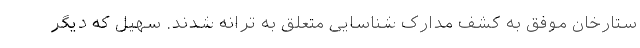
ستارخان موفق به کشف مدارک شناسایی متعلق به ترانه شدند. سهیل که دیگر